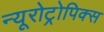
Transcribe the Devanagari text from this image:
न्यूरोट्रोपिक्स